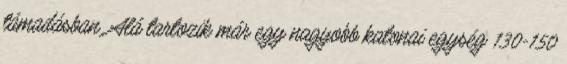
támadásban. Alá tartozik már egy nagyobb katonai egység 130-150